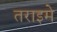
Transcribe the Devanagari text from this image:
तराइमे